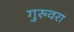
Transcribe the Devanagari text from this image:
गुरुवरा